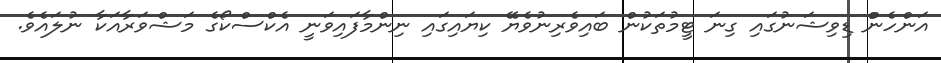
އަންހެންް ޑިވިޝަނުގައި ގިނަ ޓީމުތަކުން ބައިވެރިނުވެޔޭ ކިޔައިގައި ނިންމާފައިވަނީ އެކްސްކޯގެ މަޝްވަރާއަކާ ނުލައެވެ.